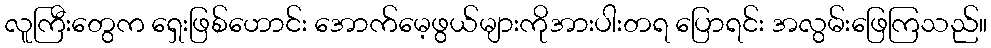
လူကြီးတွေက ရှေးဖြစ်ဟောင်း အောက်မေ့ဖွယ်များကိုအားပါးတရ ပြောရင်း အလွမ်းဖြေကြသည်။